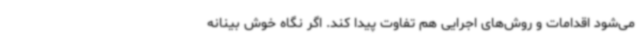
می‌شود اقدامات و روش‌های اجرایی هم تفاوت پیدا کند. اگر نگاه خوش بینانه